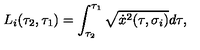
L _ { i } ( \tau _ { 2 } , \tau _ { 1 } ) = \int _ { \tau _ { 2 } } ^ { \tau _ { 1 } } \sqrt { \dot { x } ^ { 2 } ( \tau , \sigma _ { i } ) } d \tau ,